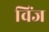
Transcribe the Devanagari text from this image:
विंज